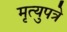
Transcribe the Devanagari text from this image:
मृत्युपत्रे